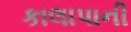
કાલાપાની